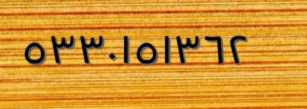
٥٣٣٠١٥١٣٦٢